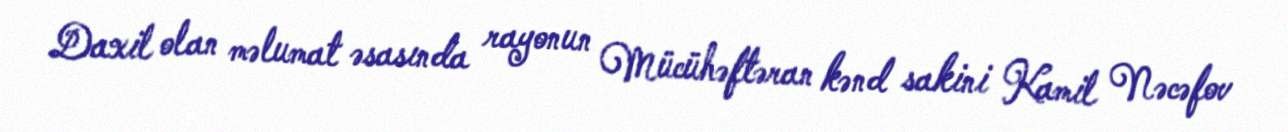
Daxil olan məlumat əsasında rayonun Mücühəftəran kənd sakini Kamil Nəcəfov